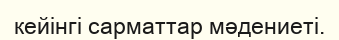
кейінгі сарматтaр мәдениеті.